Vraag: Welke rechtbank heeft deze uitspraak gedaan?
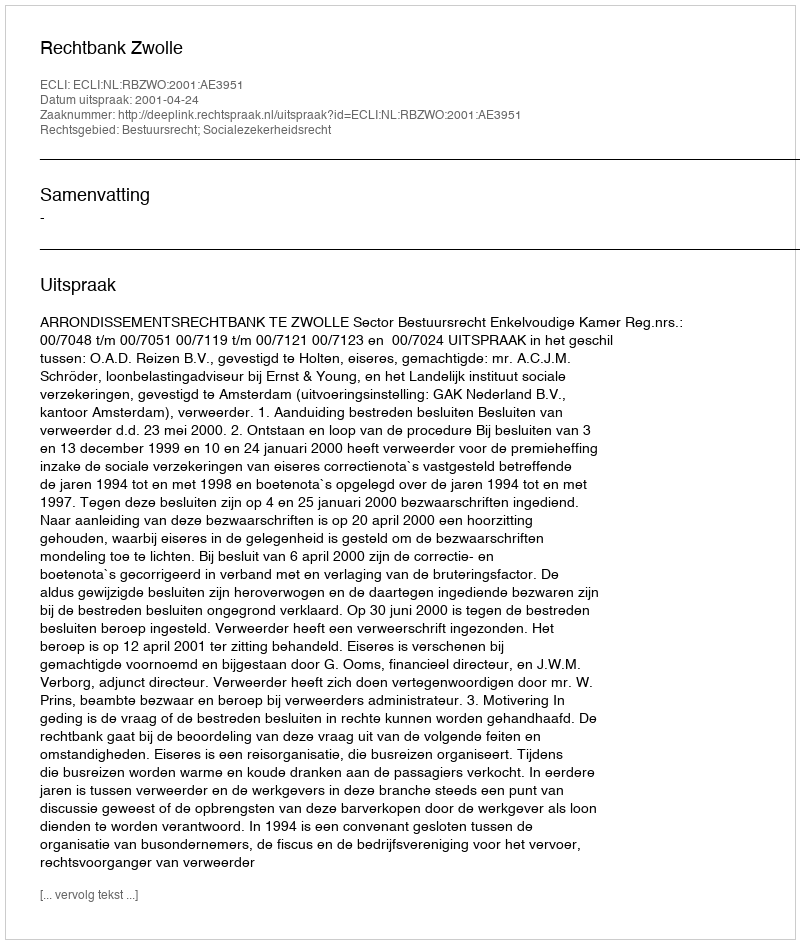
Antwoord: Rechtbank Zwolle